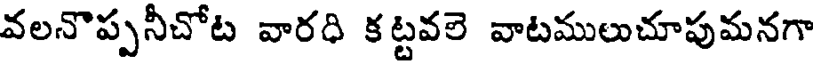
వలనొప్పనీచోట వారధి కట్టవలె వాటములుచూపుమనగా